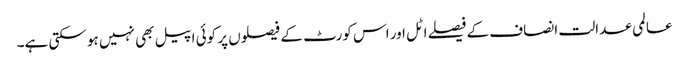
عالمی عدالت انصاف کے فیصلے اٹل اور اس کورٹ کے فیصلوں پر کوئی اپیل بھی نہیں ہو سکتی ہے۔